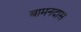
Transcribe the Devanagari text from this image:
बामनदास